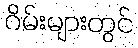
ဂိမ်းများတွင်